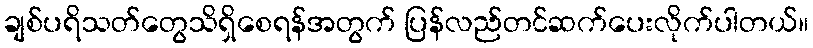
ချစ်ပရိသတ်တွေသိရှိစေရန်အတွက် ပြန်လည်တင်ဆက်ပေးလိုက်ပါတယ်။